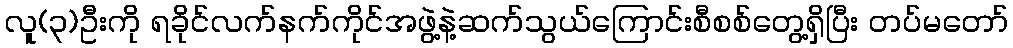
လူ(၃)ဦးကို ရခိုင်လက်နက်ကိုင်အဖွဲ့နဲ့ဆက်သွယ်ကြောင်းစီစစ်တွေ့ရှိပြီး တပ်မတော်